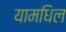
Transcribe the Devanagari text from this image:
यामधिल